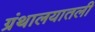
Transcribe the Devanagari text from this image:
ग्रंथालयातली